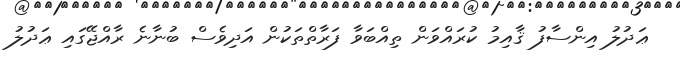
ޢަދުލު އިންސާފު ޤާއިމު ކުރައްވަން ތިއްބަވާ ފަރާތްތަކުން އަދިވެސް ބުނާނެ ރާއްޖޭގައި ޢަދުލު